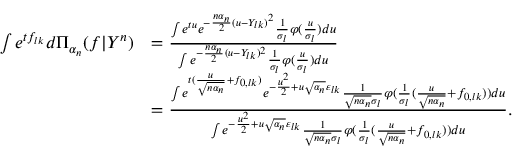
\begin{array} { r l } { \int e ^ { t f _ { l k } } d \Pi _ { \alpha _ { n } } ( f | Y ^ { n } ) } & { = \frac { \int e ^ { t u } e ^ { - \frac { n \alpha _ { n } } { 2 } ( u - Y _ { l k } ) ^ { 2 } } \frac { 1 } { \sigma _ { l } } \varphi ( \frac { u } { \sigma _ { l } } ) d u } { \int e ^ { - \frac { n \alpha _ { n } } { 2 } ( u - Y _ { l k } ) ^ { 2 } } \frac { 1 } { \sigma _ { l } } \varphi ( \frac { u } { \sigma _ { l } } ) d u } } \\ & { = \frac { \int e ^ { t ( \frac { u } { \sqrt { n \alpha _ { n } } } + f _ { 0 , l k } ) } e ^ { - \frac { u ^ { 2 } } { 2 } + u \sqrt { \alpha _ { n } } \varepsilon _ { l k } } \frac { 1 } { \sqrt { n \alpha _ { n } } \sigma _ { l } } \varphi ( \frac { 1 } { \sigma _ { l } } ( \frac { u } { \sqrt { n \alpha _ { n } } } + f _ { 0 , l k } ) ) d u } { \int e ^ { - \frac { u ^ { 2 } } { 2 } + u \sqrt { \alpha _ { n } } \varepsilon _ { l k } } \frac { 1 } { \sqrt { n \alpha _ { n } } \sigma _ { l } } \varphi ( \frac { 1 } { \sigma _ { l } } ( \frac { u } { \sqrt { n \alpha _ { n } } } + f _ { 0 , l k } ) ) d u } . } \end{array}